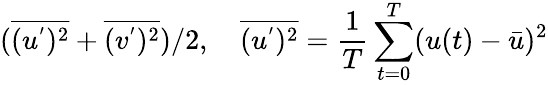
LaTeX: (\overline{{(u^{'})^{2}}}+\overline{{(v^{'})^{2}}})/2,\quad\overline{{(u^{'})^{2}}}=\frac{1}{T}\sum_{t=0}^{T}(u(t)-\bar{u})^{2}